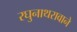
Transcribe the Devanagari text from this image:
रघुनाथरावाने